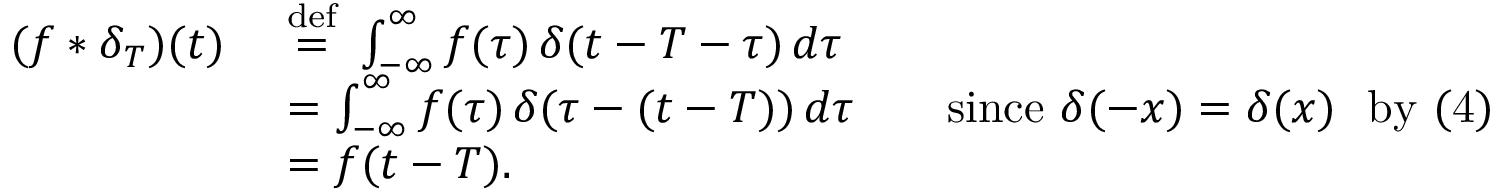
{ \begin{array} { r l } { ( f * \delta _ { T } ) ( t ) \ } & { { \stackrel { \mathrm { d e f } } { = } } \ \int _ { - \infty } ^ { \infty } f ( \tau ) \, \delta ( t - T - \tau ) \, d \tau } \\ & { = \int _ { - \infty } ^ { \infty } f ( \tau ) \, \delta ( \tau - ( t - T ) ) \, d \tau \qquad { \mathrm { s i n c e } } ~ \delta ( - x ) = \delta ( x ) ~ ~ { \mathrm { b y ~ ( 4 ) } } } \\ & { = f ( t - T ) . } \end{array} }